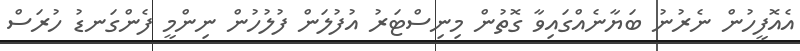
އެއޮފީހުން ނެރުނު ބަޔާނެއްގައިވާ ގޮތުން މިނިސްޓަރު އުފުލަން ފުލުހުން ނިންމީ ފެންގަނޑު ހުރަސް